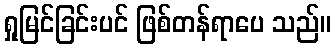
ရှုမြင်ခြင်းပင် ဖြစ်တန်ရာပေ သည်။